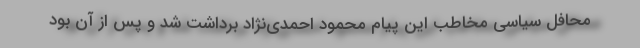
محافل سیاسی مخاطب این پیام محمود احمدی‌نژاد برداشت شد و پس از آن بود